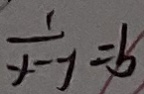
\frac { x } { y } = b